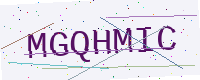
Text: MGQHMIC